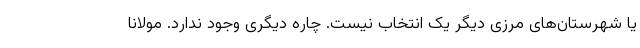
یا شهرستان‌های مرزی دیگر یک انتخاب نیست. چاره دیگری وجود ندارد. مولانا